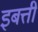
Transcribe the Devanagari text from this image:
इबत्ती